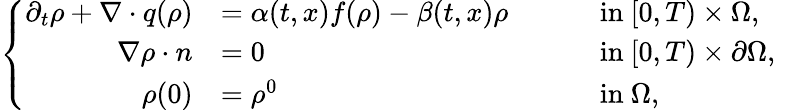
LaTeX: \left\{ \begin{array}{rlrlr}{\partial_{t}\rho+\nabla\cdot q(\rho)}&{=\alpha(t,x)f(\rho)-\beta(t,x)\rho}&{\quad}&{\mathrm{~in~}[0,T)\times\Omega,}\\ {\nabla\rho\cdot n}&{=0}&{\quad}&{\mathrm{~in~}[0,T)\times\partial\Omega,}\\ {\rho(0)}&{=\rho^{0}}&{\quad}&{\mathrm{~in~}\Omega,}&\end{array}\right.